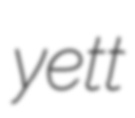
yett